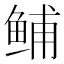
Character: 𫚙